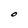
Character: O